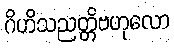
ဂိဟိသညတ္တိဗဟုလော